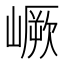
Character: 嶥